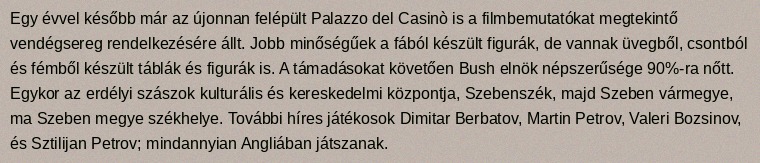
Egy évvel később már az újonnan felépült Palazzo del Casinò is a filmbemutatókat megtekintő vendégsereg rendelkezésére állt. Jobb minőségűek a fából készült figurák, de vannak üvegből, csontból és fémből készült táblák és figurák is. A támadásokat követően Bush elnök népszerűsége 90%-ra nőtt. Egykor az erdélyi szászok kulturális és kereskedelmi központja, Szebenszék, majd Szeben vármegye, ma Szeben megye székhelye. További híres játékosok Dimitar Berbatov, Martin Petrov, Valeri Bozsinov, és Sztilijan Petrov; mindannyian Angliában játszanak.